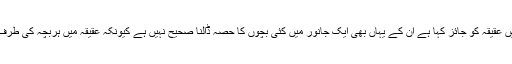
بعض علماء نے بڑے جانور میں عقیقہ کو جائز کہا ہے ان کے یہاں بھی ایک جانور میں کئی بچوں کا حصہ ڈالنا صحیح نہیں ہے کیونکہ عقیقہ میں ہربچہ کی طرف سے خون بہانے کا حکم ہے ۔